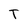
Character: T